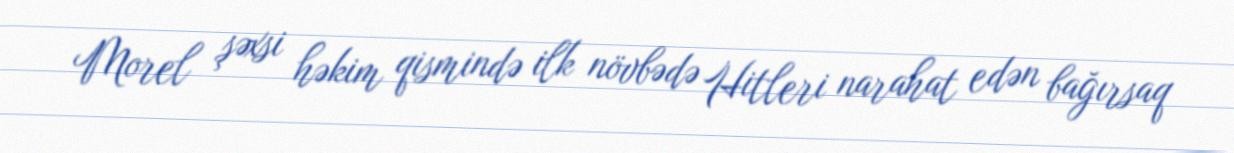
Morel şəxsi həkim qismində ilk növbədə Hitleri narahat edən bağırsaq